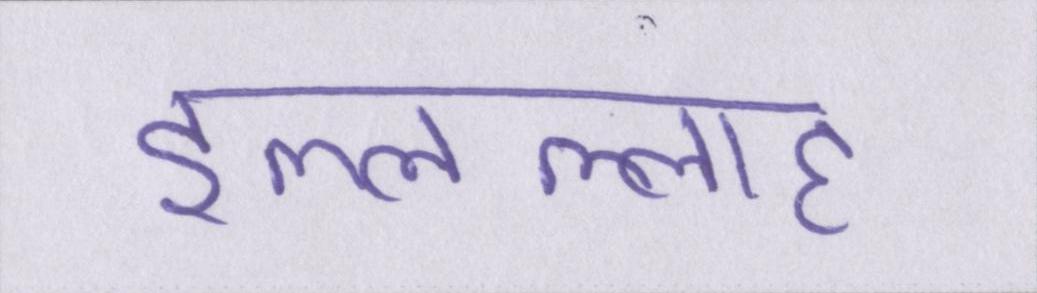
इल्लल्लाह